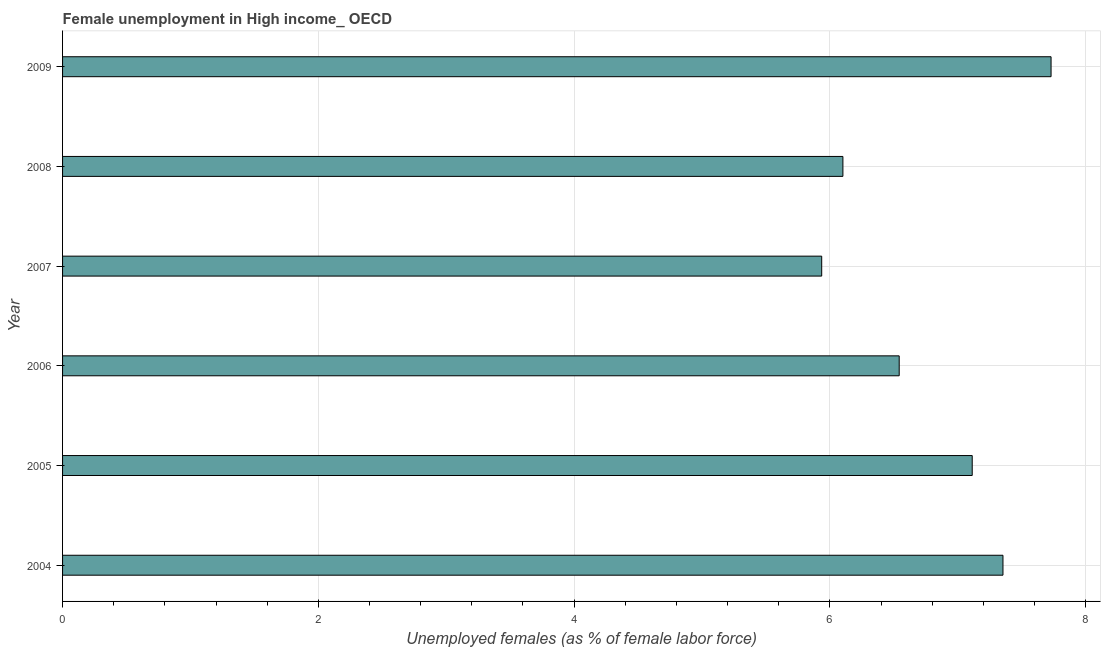
| Year | Unemployment |
 | --- | --- |
 | 2004 | 7.35 |
 | 2005 | 7.11 |
 | 2006 | 6.54 |
 | 2007 | 5.94 |
 | 2008 | 6.1 |
 | 2009 | 7.73 |